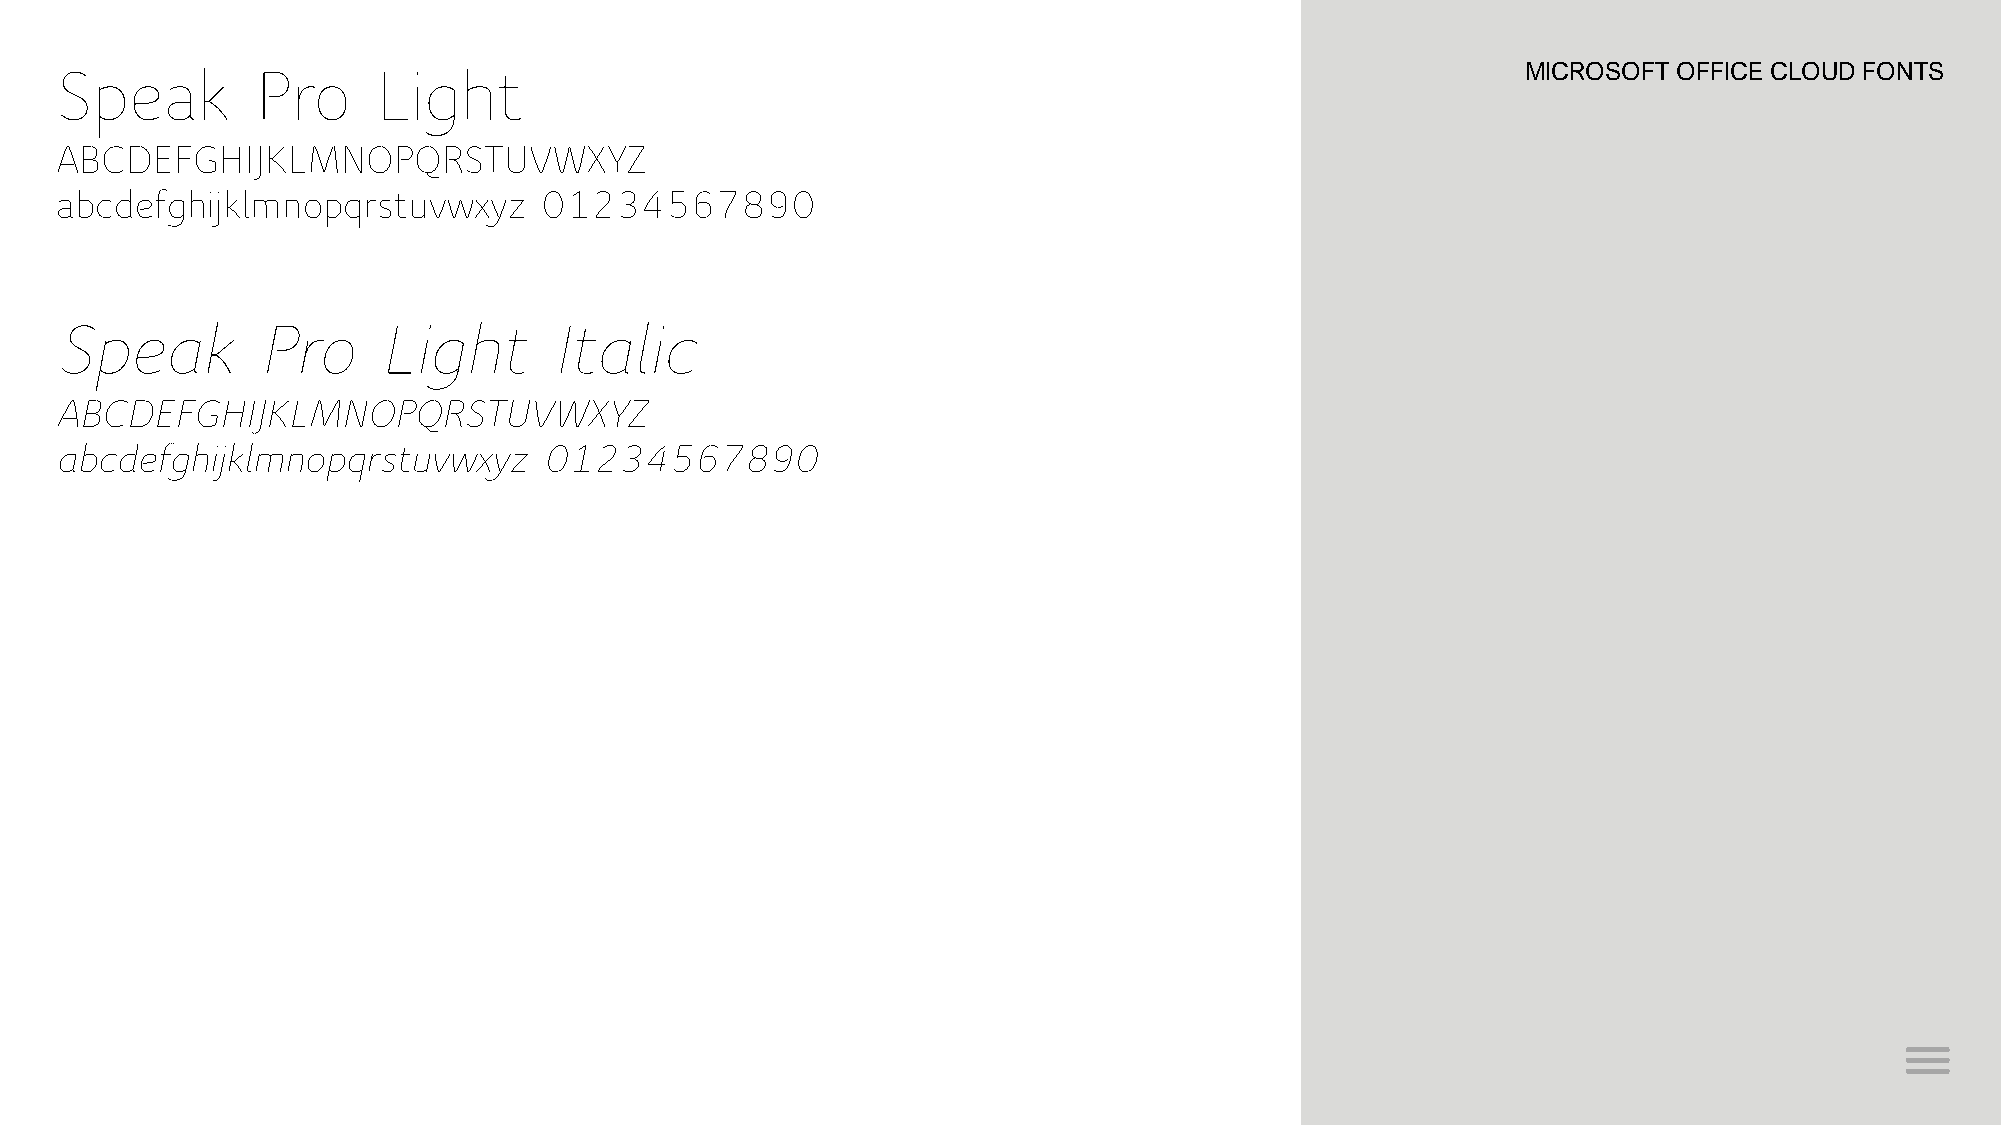
Speak        Pro     Light                                                                       MICROSOFT OFFICE CLOUD FONTS
 ABCDEFGHIJKLMNOPQRSTUVWXYZ
 abcdefghijklmnopqrstuvwxyz      01234567890
 Speak        Pro     Light       Italic
 ABCDEFGHIJKLMNOPQRSTUVWXYZ
 abcdefghijklmnopqrstuvwxyz      01234567890